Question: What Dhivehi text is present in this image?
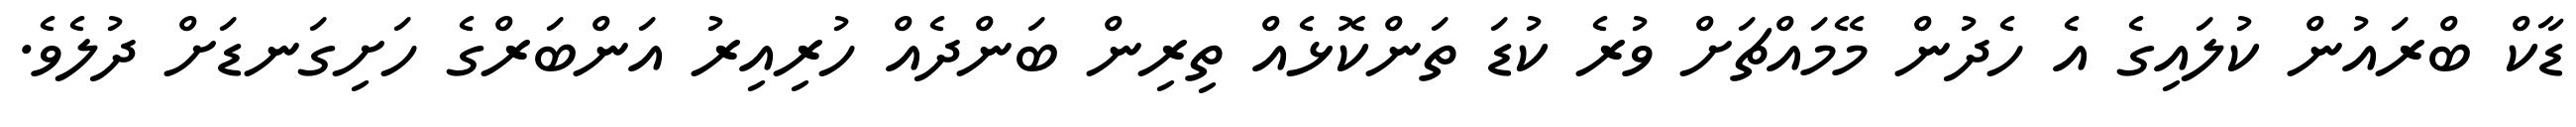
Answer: ޑާކް ބްރައުން ކުލައިގެ އެ ހެދުން މޭމައްޗަށް ވުރެ ކުޑަ ތަންކޮޅެއް ތިރިން ބަންދެއް ހުރިއިރު އަންބަރްގެ ހަށިގަނޑަށް ދުލެވެ.